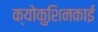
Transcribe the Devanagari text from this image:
क्योकुशिनकाई